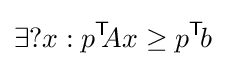
\exists ?x:p^{\textsf {T}}\!\!Ax\geq p^{\textsf {T}}\!b